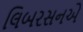
લિબરસનએ